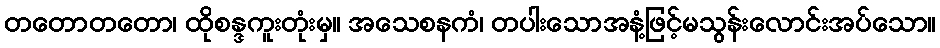
တတောတတော၊ ထိုစန္ဒကူးတုံးမှ။ အသေစနကံ၊ တပါးသောအနံ့ဖြင့်မသွန်းလောင်းအပ်သော။